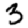
Digit: 3